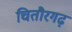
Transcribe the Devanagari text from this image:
चितौरगढ़